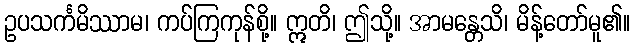
ဥပသင်္ကမိဿာမ၊ ကပ်ကြကုန်စို့။ ဣတိ၊ ဤသို့။ အာမန္တေသိ၊ မိန့်တော်မူ၏။